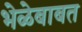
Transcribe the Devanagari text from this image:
भेळेबाबत